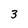
Character: 3